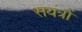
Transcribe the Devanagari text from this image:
सयंत्रों